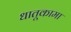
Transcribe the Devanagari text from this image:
धातूकामा